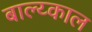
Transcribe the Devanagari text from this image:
बाल्य्काल